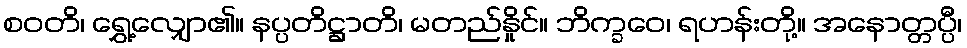
စဝတိ၊ ရွှေ့လျှော၏။ နပ္ပတိဋ္ဌာတိ၊ မတည်နှိုင်။ ဘိက္ခဝေ၊ ရဟန်းတို့။ အနောတ္တပ္ပီ၊